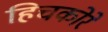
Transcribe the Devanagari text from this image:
हिचकोरे